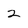
Character: 2